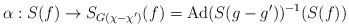
\begin{align*}\alpha:S(f)\to S_{G(\chi-\chi')}(f)=\mathrm{Ad}(S(g-g'))^{-1}(S(f))\end{align*}